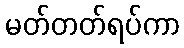
မတ်တတ်ရပ်ကာ